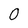
Character: 0